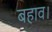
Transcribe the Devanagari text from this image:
बहाव।